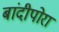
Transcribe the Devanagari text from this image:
बांदीपोरा